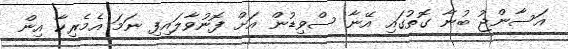
އަސާންޖު ބުނާ ގޮތުގައި އޭނާ ސްވިޑުން އަށް ފޮނުވާލައިފި ނަމަ އެމެރިކާ އިން